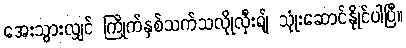
အေးသွားလျှင် ကြိုက်နှစ်သက်သလိုုလှီးရျ် သုုံးဆောင်နိုုင်ပါပြီ။